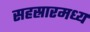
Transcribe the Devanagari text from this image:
सहस्रारमध्य